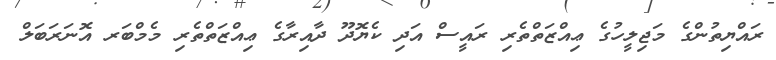
ރައްޔިތުންގެ މަޖިލީހުގެ ޢިއްޒަތްތެރި ރައީސް އަދި ކެޔޮދޫ ދާއިރާގެ ޢިއްޒަތްތެރި މެމްބަރ އޮނަރަބަލް